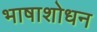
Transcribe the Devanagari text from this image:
भाषाशोधन